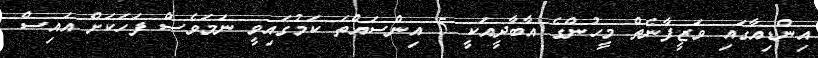
އިންޑިއާގައި ވަޒީފާނެތް މީހުންގެ އާބާދީއަކީ 5 އިންސައްތަ ކަމުގައިވީ ނަމަވެސް ފަހަކަށް އައިސް